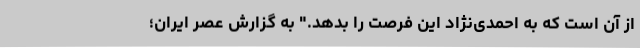
از آن است که به احمدی‌نژاد این فرصت را بدهد." به گزارش عصر ایران؛